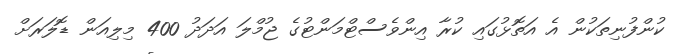
ކުންފުނިތަކުން އެ އަތޮޅުގައި ކުރާ އިންވެސްޓްމަންޓުގެ ޖުމްލަ އަދަދު 400 މިލިއަން ޑޮލަރަށް